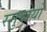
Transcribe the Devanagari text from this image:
स्मुदायों